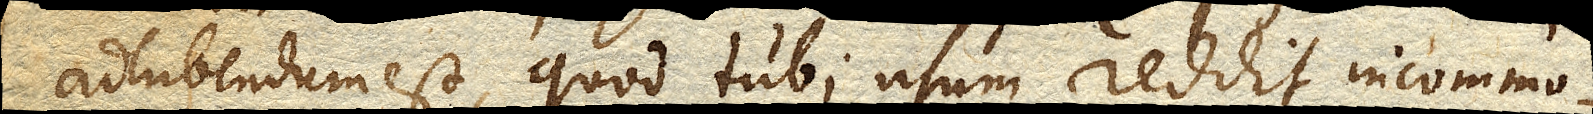
adhibendum est, quod tubi usum reddit incommo–